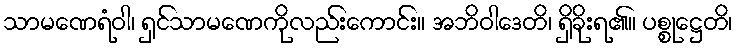
သာမဏေရံဝါ၊ ရှင်သာမဏေကိုလည်းကောင်း။ အဘိဝါဒေတိ၊ ရှိခိုးရ၏။ ပစ္စုဋ္ဌေတိ၊